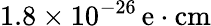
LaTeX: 1.8\times 10^{-26}\, \mathrm{e\cdot cm}